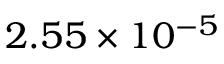
2 . 5 5 \times 1 0 ^ { - 5 }